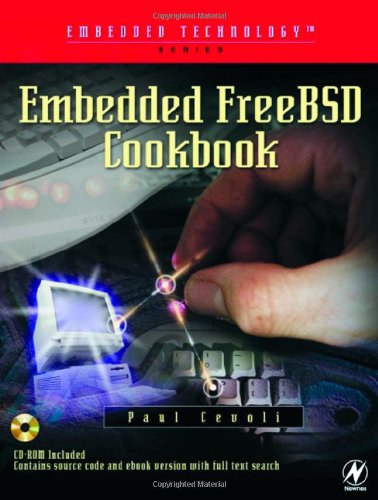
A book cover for Embedded FreeBSD Cookbook (Embedded Technology); Paul Cevoli Paul Cevoli is an embedded systems engineer and programmer with over 15 years of experience with various embedded operating systems.; Computers & Technology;